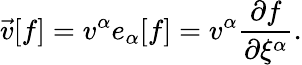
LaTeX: \vec{v}[f]=v^{\alpha}e_{\alpha}[f]=v^{\alpha}\frac{\partial f}{\partial\xi^{\alpha}}.